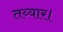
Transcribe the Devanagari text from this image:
तय्यार।